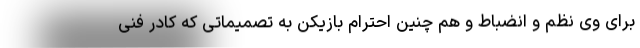
برای وی نظم و انضباط و هم چنین احترام بازیکن به تصمیماتی که کادر فنی